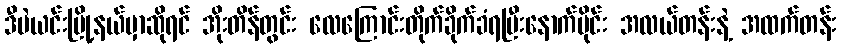
ဒီပဲယင်းမြို့နယ်မှာဆိုရင် အိုးတိန်တွင်း လေကြောင်းတိုက်ခိုက်ခံရပြီးနောက်ပိုင်း အလယ်တန်းနဲ့ အထက်တန်း